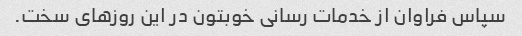
سپاس فراوان از خدمات رسانی خوبتون در این روزهای سخت.